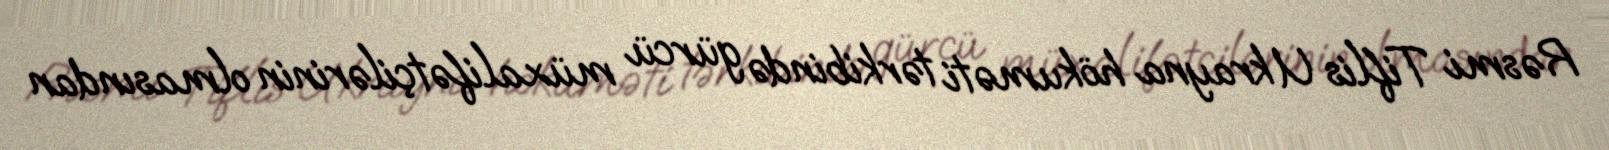
Rəsmi Tiflis Ukrayna hökuməti tərkibində gürcü müxalifətçilərinin olmasından